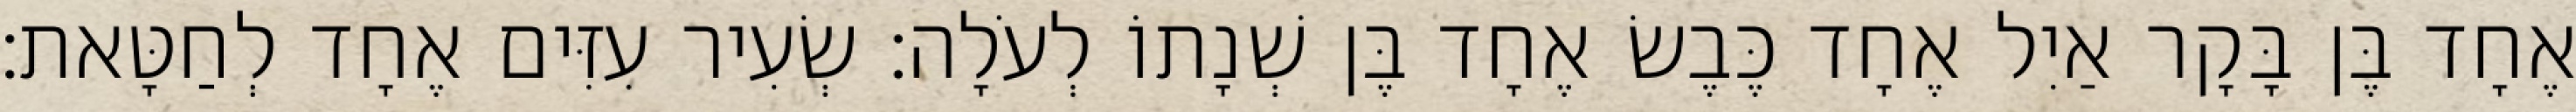
אֶחָד בֶּן בָּקָר אַיִל אֶחָד כֶּבֶשׂ אֶחָד בֶּן שְׁנָתוֹ לְעֹלָה׃ שְׂעִיר עִזִּים אֶחָד לְחַטָּאת׃